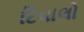
દિવાલો